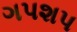
ગપશપ